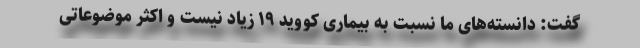
گفت: دانسته‌های ما نسبت به بیماری کووید ۱۹ زیاد نیست و اکثر موضوعاتی